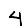
Digit: 4